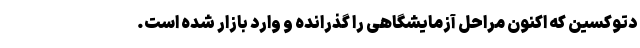
دتوکسین که اکنون مراحل آزمایشگاهی را گذرانده و وارد بازار شده است.